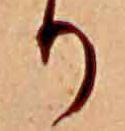
り